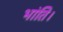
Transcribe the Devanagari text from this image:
भांति।